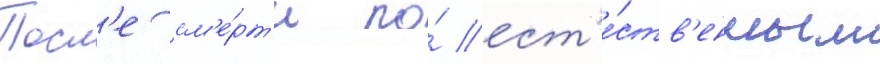
Посл'е см'е́рт'и по́ ест'е́ств'енным